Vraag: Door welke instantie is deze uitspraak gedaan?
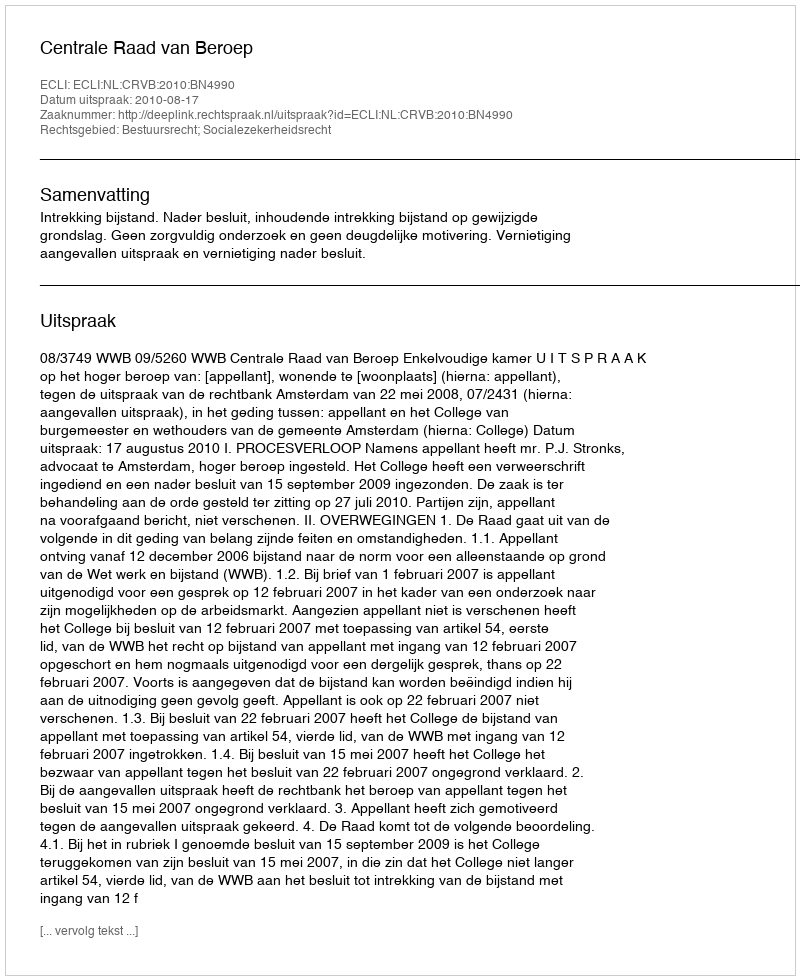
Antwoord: Centrale Raad van Beroep